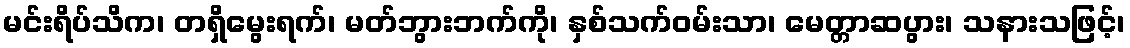
မင်းရိပ်သိက၊ တရှိမွေးရက်၊ မတ်ဘွားဘက်ကို၊ နှစ်သက်ဝမ်းသာ၊ မေတ္တာဆပွား၊ သနားသဖြင့်၊